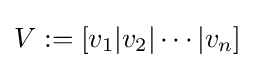
{\textstyle V:=[v_{1}|v_{2}|\cdots |v_{n}]}